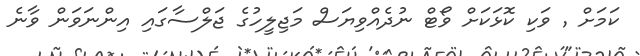
ކަމަށް